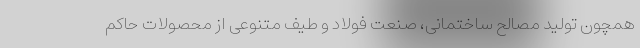
همچون تولید مصالح ساختمانی، صنعت فولاد و طیف متنوعی از محصولات حاکم